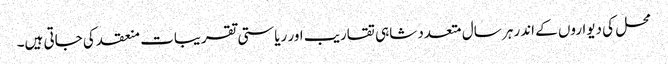
محل کی دیواروں کے اندر ہر سال متعدد شاہی تقاریب اور ریاستی تقریبات منعقد کی جاتی ہیں۔